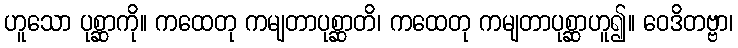
ဟူသော ပုစ္ဆာကို။ ကထေတု ကမျတာပုစ္ဆာတိ၊ ကထေတု ကမျတာပုစ္ဆာဟူ၍။ ဝေဒိတဗ္ဗာ၊